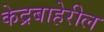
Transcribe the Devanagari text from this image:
केद्रबाहेरील